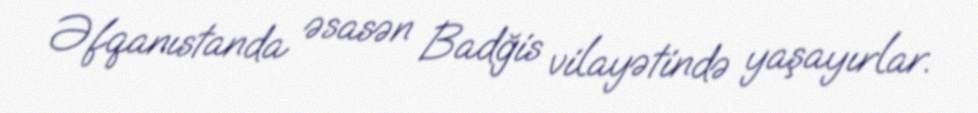
Əfqanıstanda əsasən Badğis vilayətində yaşayırlar.